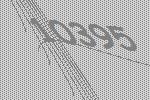
10395